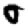
Digit: 0